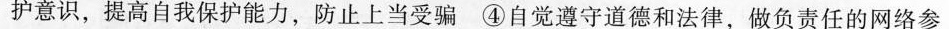
护意识，提高自我保护能力，防止上当受骗 ④自觉遵守道德和法律，做负责任的网络参